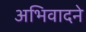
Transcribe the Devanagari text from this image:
अभिवादने